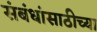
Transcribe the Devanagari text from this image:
संबंधांसाठीच्या